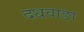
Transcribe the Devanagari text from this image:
दधवाङा